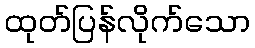
ထုတ်ပြန်လိုက်သော